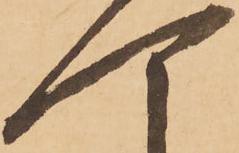
可